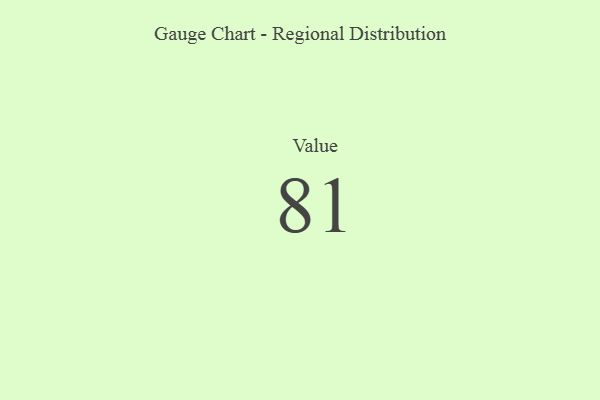
{"axis": {"x": "Metric", "y": "Value"}, "legend": [""], "data": [{"x": "Value", "y": 81, "type": ""}]}